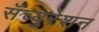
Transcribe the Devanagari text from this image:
सॅच्युरेशन